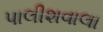
પાલીશવાલા